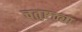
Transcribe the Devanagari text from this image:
चतुष्टठ्या